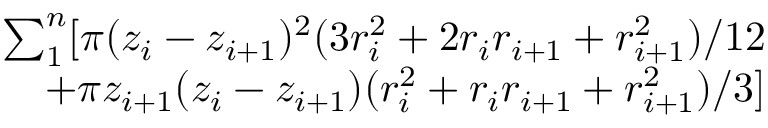
\begin{array} { r } { \sum _ { 1 } ^ { n } [ \pi ( z _ { i } - z _ { i + 1 } ) ^ { 2 } ( 3 r _ { i } ^ { 2 } + 2 r _ { i } r _ { i + 1 } + r _ { i + 1 } ^ { 2 } ) / 1 2 } \\ { + \pi z _ { i + 1 } ( z _ { i } - z _ { i + 1 } ) ( r _ { i } ^ { 2 } + r _ { i } r _ { i + 1 } + r _ { i + 1 } ^ { 2 } ) / 3 ] } \end{array}